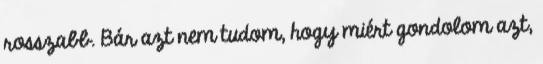
rosszabb. Bár azt nem tudom, hogy miért gondolom azt,